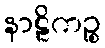
နာဠိကဉ္စ